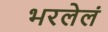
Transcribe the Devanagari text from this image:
भरलेलं